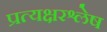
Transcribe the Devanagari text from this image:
प्रत्यक्षरश्लेष